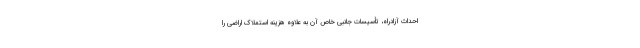
احداث آزادراه، تأسیسات جانبی خاص آن به علاوه هزینه استملاک اراضی را